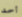
أحد